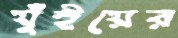
যুঁইয়ের